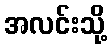
အလင်းသို့